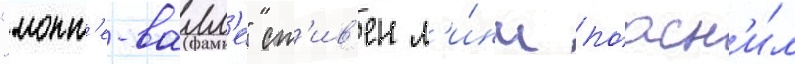
"монт'е-валл'е" ст'ив'ен л'и́нч поасн'и́л